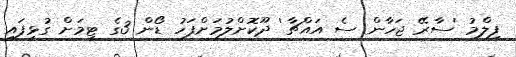
ފިލްމު 'ސާރޭ ޖަހާން ސެ އައްޗާ' ދޫކޮށްލުމަށްފަހު ޑޯން 3ގެ ޓީމަށް ގުޅިފައި